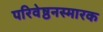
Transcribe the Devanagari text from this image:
परिवेष्ठनस्मारक